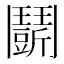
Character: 𩰖